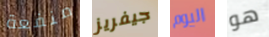
منفعة جيفريز اليوم هو